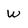
Character: W